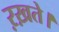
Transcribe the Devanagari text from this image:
ऱख़ते।